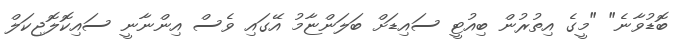
ބޮޑުވާނެ" "މީގެ އިތުރުން ބިއުޓީ ސައިޑަށް ބަލަންޏާމު އޭގައި ވެސް އިންނާނީ ސައިކޮލޮޖިކަލް